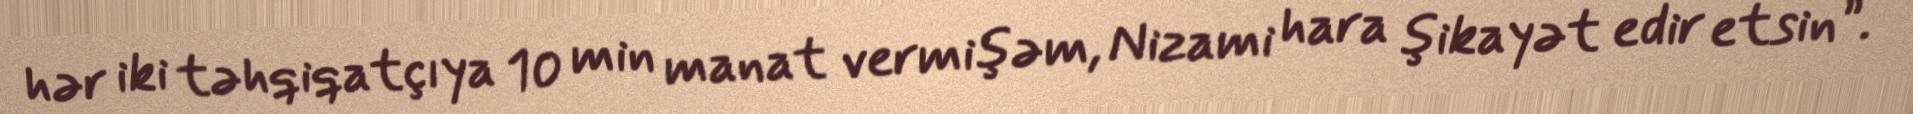
hər iki təhqiqatçıya 10 min manat vermişəm, Nizami hara şikayət edir etsin”.